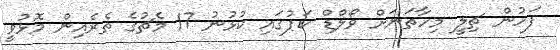
ފަހުން ޗިލީ މިހާތަނަށް ވޯލްޑް ކަޕުގައި ކުޅުނު 17 މެޗުގެ ތެރެއިން މޮޅުވީ